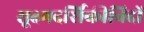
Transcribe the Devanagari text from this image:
सूक्ष्मदर्शिकीविदों